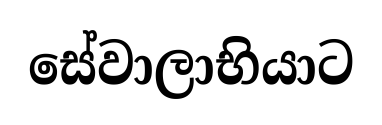
සේවාලාභියාට